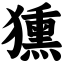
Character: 獯